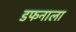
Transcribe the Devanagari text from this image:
डफनाला